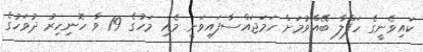
ކައިވެނީގެ ހަފްލާ ބޭއްވުމަށް ހަމަޖައްސާފައިވަނީ މެއި މަހުގެ 19 ވާ ހޮނިހިރު ދުވަހުގެ